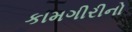
કામગીરીનો